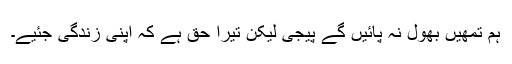
ہم تمھیں بھول نہ پائیں گے پیجی لیکن تیرا حق ہے کہ اپنی زندگی جئیے۔